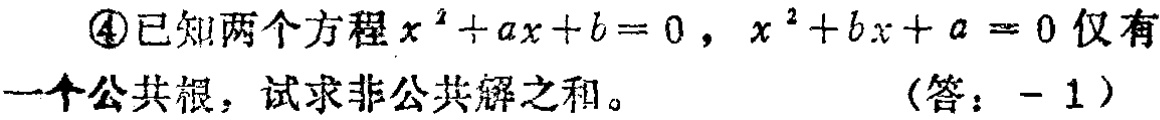
\textcircled{4}已知两个方程\(x^{2}+ax + b = 0\)，\(x^{2}+bx + a = 0\)仅有一个公共根，试求非公共解之和。（答：\(-1\)）